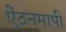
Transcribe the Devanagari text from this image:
ऐंठनमापी